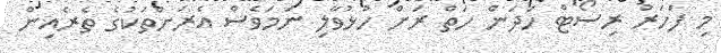
މި ފަހަރު ރިސޯޓް ހަދަން ހަތް ރަށް ހުޅުވާލި ނަމަވެސް އެރަށްތަކުގެ ތެރެއިން